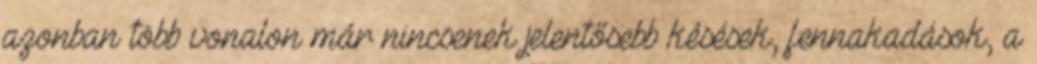
azonban több vonalon már nincsenek jelentősebb késések, fennakadások, a